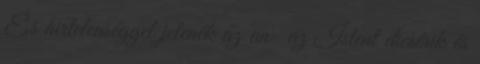
És hirtelenséggel jelenék az an− az Istent dicsérik és